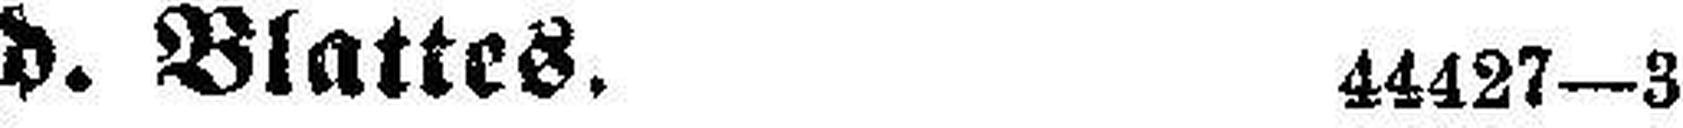
d. Blattes. 44427-3